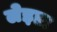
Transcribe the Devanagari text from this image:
लेइडा